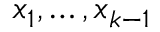
x _ { 1 } , \dots , x _ { k - 1 }